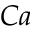
C a